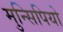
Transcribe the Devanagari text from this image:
मुन्सिपियो